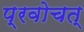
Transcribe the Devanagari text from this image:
प्रवोचत्